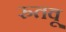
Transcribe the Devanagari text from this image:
रुतवू